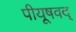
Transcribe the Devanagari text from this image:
पीयूषवद्